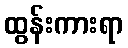
ထွန်းကားရာ